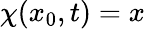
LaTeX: \chi(x_{0},t)=x